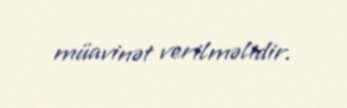
müavinət verilməlidir.